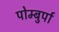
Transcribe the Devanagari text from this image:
पोम्बुर्पा